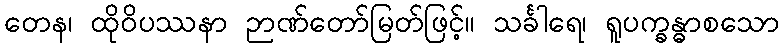
တေန၊ ထိုဝိပဿနာ ဉာဏ်တော်မြတ်ဖြင့်။ သင်္ခါရေ၊ ရူပက္ခန္ဓာစသော